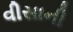
વીસાની